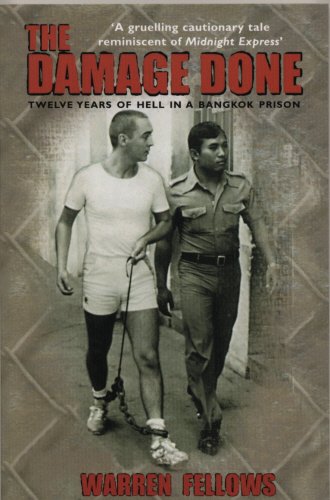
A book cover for The Damage Done: Twelve Years of Hell in a Bangkok Prison; Warren Fellows; Biographies & Memoirs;